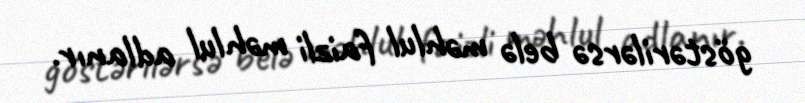
göstərilərsə belə məhlul faizli məhlul adlanır.